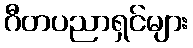
ဂီတပညာရှင်များ